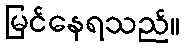
မြင်နေရသည်။